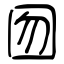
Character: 囫